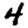
Digit: 4